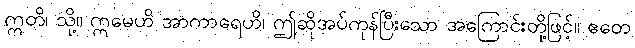
ဣတိ၊ သို့။ ဣမေဟိ အာကာရေဟိ၊ ဤဆိုအပ်ကုန်ပြီးသော အကြောင်းတို့ဖြင့်။ ဧတေ